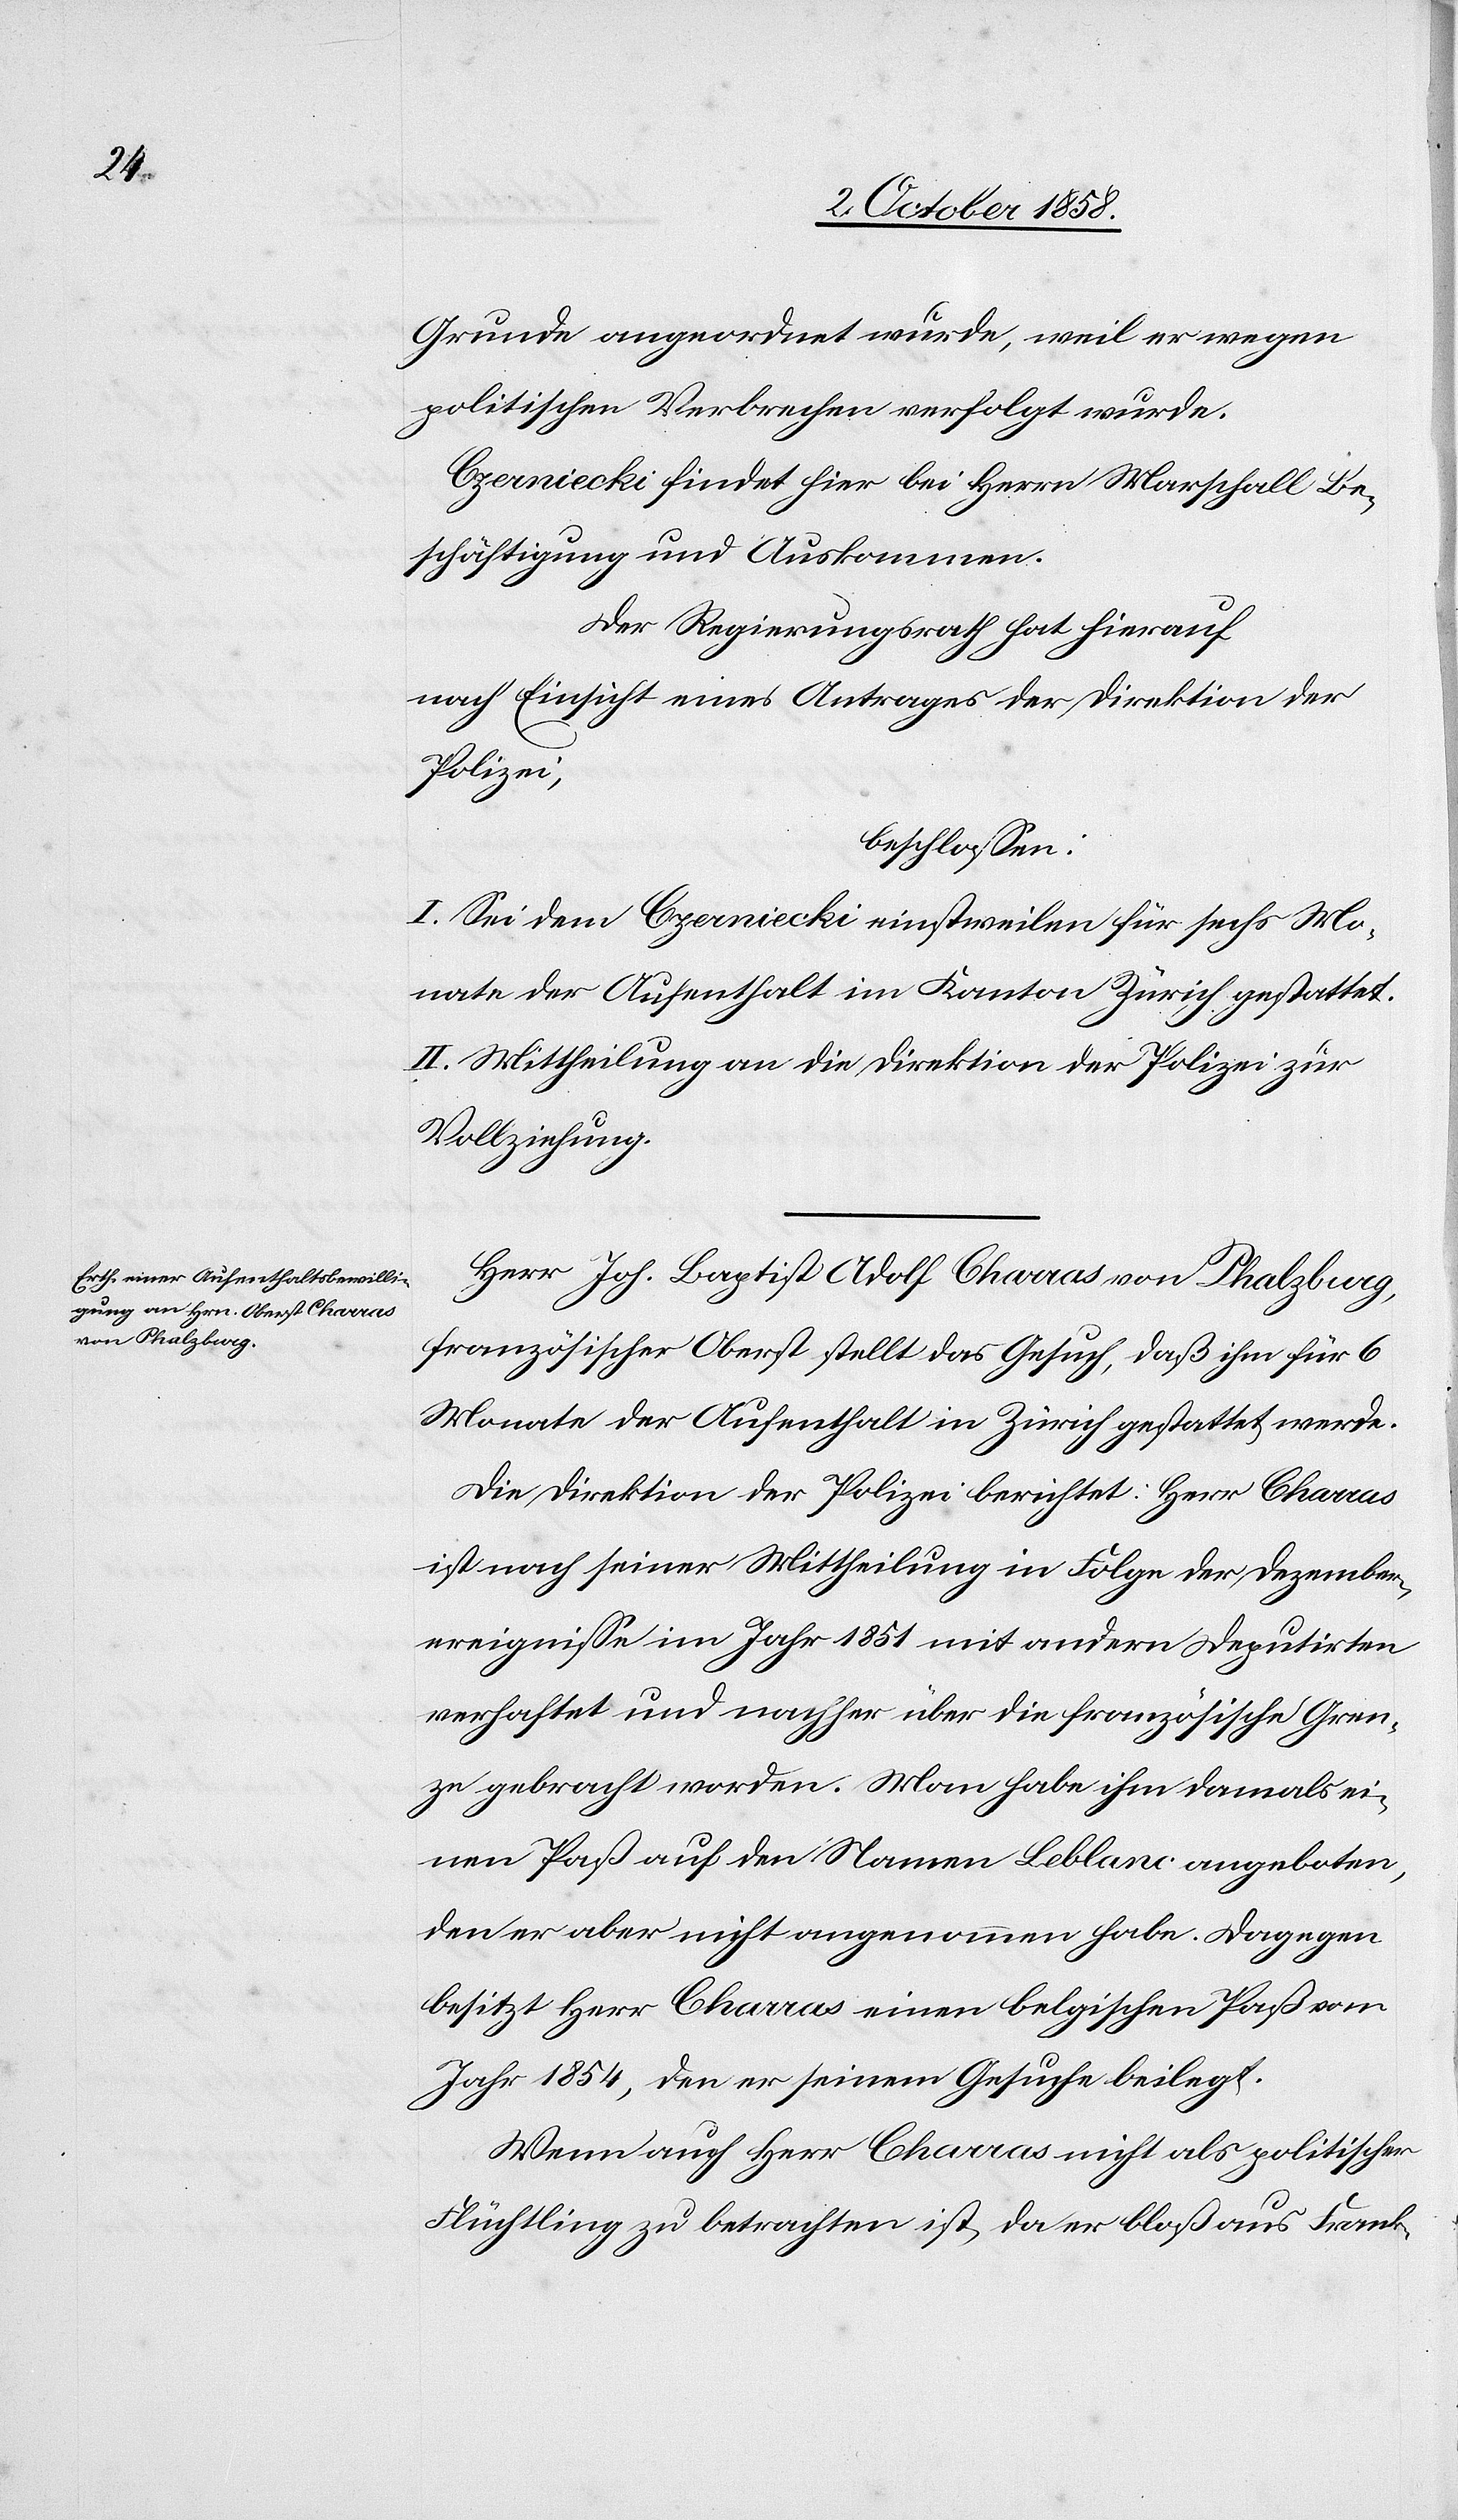
Grunde angeordnet wurde, weil er wegen
politischen Verbrechen verfolgt wurde.
Czerniecki findet hier bei Herrn Marschall Be¬
schäftigung und Auskommen.
Der Regierungsrath hat hierauf
nach Einsicht eines Antrages der Direktion der
Polizei,
beschlossen:
I. Sei dem Czerniecki einstweilen für sechs Mo¬
nate der Aufenthalt im Kanton Zürich gestattet.
II. Mittheilung an die Direktion der Polizei zur
Vollziehung.
Herr Joh. Baptist Adolf Charras von Phalzburg,
französischer Oberst stellt das Gesuch, daß ihm für 6
Monate der Aufenthalt in Zürich gestattet werde.
Die Direktion der Polizei berichtet: Herr Charras
ist nach seiner Mittheilung in Folge der Dezember¬
ereignisse im Jahr 1851 mit andern Deputirten
verhaftet und nachher über die französische Gren¬
ze gebracht worden. Man habe ihm damals ei¬
nen Paß auf den Namen Leblanc angeboten,
den er aber nicht angenommen habe. Dagegen
besitzt Herr Charras einen belgischen Paß vom
Jahr 1854, den er seinem Gesuche beilegt.
Wenn auch Herr Charras nicht als politischer
Flüchtling zu betrachten ist, da er bloß aus Frank-